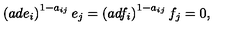
\left( a d e _ { i } \right) ^ { 1 - a _ { i j } } e _ { j } = \left( a d f _ { i } \right) ^ { 1 - a _ { i j } } f _ { j } = 0 ,